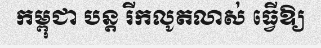
កម្ពុជា បន្ត រីកលូតលាស់ ធ្វើឱ្យ